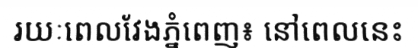
រយៈពេលវែងភ្នំពេញ៖ នៅពេលនេះ